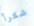
شكرأ